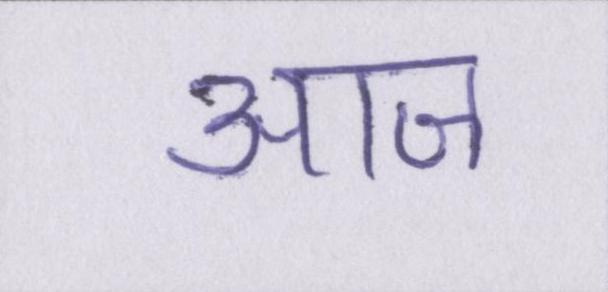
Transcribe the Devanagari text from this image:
आज